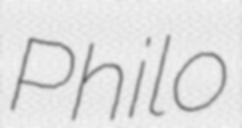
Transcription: Philo